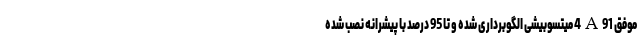
موفق 4A91 میتسوبیشی الگوبرداری شده و تا 95 درصد با پیشرانه نصب شده